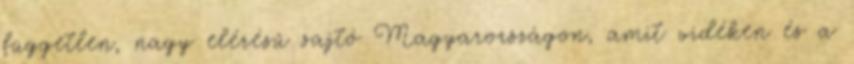
független, nagy elérésű sajtó Magyarországon, amit vidéken és a